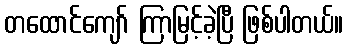
တထောင်ကျော် ကြာမြင့်ခဲ့ပြီ ဖြစ်ပါတယ်။